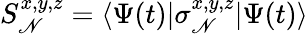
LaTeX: S_{\mathscr{N}}^{x,y,z}=\langle\Psi(t)|\sigma_{\mathscr{N}}^{x,y,z}|\Psi(t)\rangle